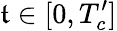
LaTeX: \mathfrak{t}\in[0,T_{c}^{\prime}]